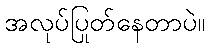
အလုပ်ပြုတ်နေတာပဲ။